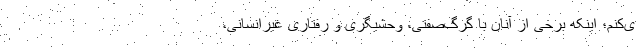
ی‌کنم؛ اینکه برخی از آنان با گرگ‌صفتی، وحشیگری و رفتاری غیرانسانی،